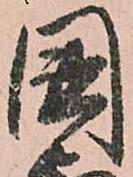
國